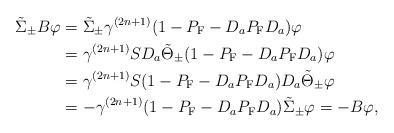
LaTeX: \begin{align*}\tilde{\Sigma}_\pm B\varphi&=\tilde{\Sigma}_\pm\gamma^{(2n+1)}(1-P_{\rm F}-D_aP_{\rm F}D_a)\varphi\\&=\gamma^{(2n+1)}SD_a\tilde{\Theta}_\pm(1-P_{\rm F}-D_aP_{\rm F}D_a)\varphi\\&=\gamma^{(2n+1)}S(1-P_{\rm F}-D_aP_{\rm F}D_a)D_a\tilde{\Theta}_\pm\varphi\\&=-\gamma^{(2n+1)}(1-P_{\rm F}-D_aP_{\rm F}D_a)\tilde{\Sigma}_\pm\varphi=-B\varphi, \end{align*}